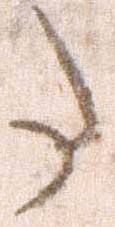
た